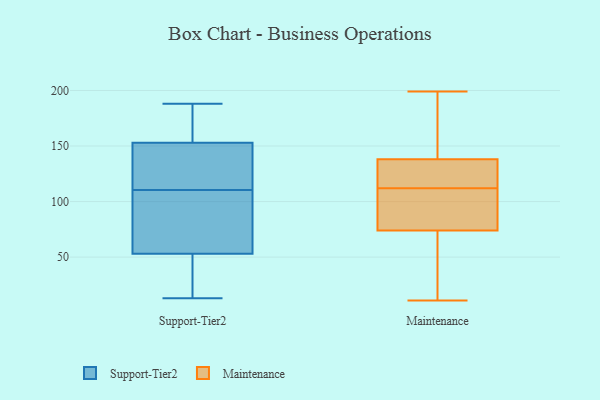
{"axis": {"x": "Operating Costs (USD K)", "y": "Value"}, "legend": ["Maintenance", "Support-Tier2"], "data": [{"x": "", "y": 153, "type": "Support-Tier2"}, {"x": "", "y": 131, "type": "Support-Tier2"}, {"x": "", "y": 114, "type": "Support-Tier2"}, {"x": "", "y": 39, "type": "Support-Tier2"}, {"x": "", "y": 44, "type": "Support-Tier2"}, {"x": "", "y": 107, "type": "Support-Tier2"}, {"x": "", "y": 85, "type": "Support-Tier2"}, {"x": "", "y": 69, "type": "Support-Tier2"}, {"x": "", "y": 174, "type": "Support-Tier2"}, {"x": "", "y": 157, "type": "Support-Tier2"}, {"x": "", "y": 132, "type": "Support-Tier2"}, {"x": "", "y": 53, "type": "Support-Tier2"}, {"x": "", "y": 13, "type": "Support-Tier2"}, {"x": "", "y": 58, "type": "Support-Tier2"}, {"x": "", "y": 159, "type": "Support-Tier2"}, {"x": "", "y": 188, "type": "Support-Tier2"}, {"x": "", "y": 19, "type": "Support-Tier2"}, {"x": "", "y": 116, "type": "Support-Tier2"}, {"x": "", "y": 190, "type": "Maintenance"}, {"x": "", "y": 113, "type": "Maintenance"}, {"x": "", "y": 198, "type": "Maintenance"}, {"x": "", "y": 195, "type": "Maintenance"}, {"x": "", "y": 71, "type": "Maintenance"}, {"x": "", "y": 69, "type": "Maintenance"}, {"x": "", "y": 145, "type": "Maintenance"}, {"x": "", "y": 111, "type": "Maintenance"}, {"x": "", "y": 11, "type": "Maintenance"}, {"x": "", "y": 82, "type": "Maintenance"}, {"x": "", "y": 123, "type": "Maintenance"}, {"x": "", "y": 131, "type": "Maintenance"}, {"x": "", "y": 129, "type": "Maintenance"}, {"x": "", "y": 18, "type": "Maintenance"}, {"x": "", "y": 199, "type": "Maintenance"}, {"x": "", "y": 109, "type": "Maintenance"}, {"x": "", "y": 15, "type": "Maintenance"}, {"x": "", "y": 109, "type": "Maintenance"}, {"x": "", "y": 115, "type": "Maintenance"}, {"x": "", "y": 77, "type": "Maintenance"}]}